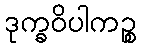
ဒုက္ခဝိပါကဉ္စ